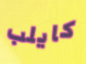
كايلب